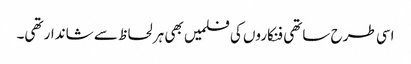
اسی طرح ساتھی فنکاروں کی فلمیں بھی ہر لحاظ سے شاندار تھی۔